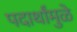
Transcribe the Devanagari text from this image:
पदार्थांमुळे